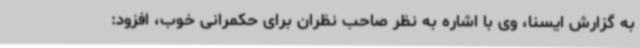
به گزارش ایسنا، وی با اشاره به نظر صاحب نظران برای حکمرانی خوب، افزود: